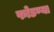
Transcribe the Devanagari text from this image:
फोडण्या